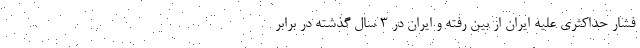
فشار حداکثری علیه ایران از بین رفته و ایران در 3 سال گذشته در برابر